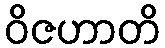
ဝိဇဟာတိ